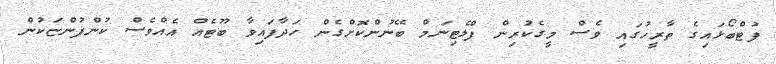
ފުޓްބޯޅައިގެ ތާރީހުގައި ވެސް މީގެކުރިން ޕްލެޓިނަމް ބޭނުންކޮށްގެން ހަދާފައިވާ ބޫޓެއް އެއްވެސް ކުންފުންޏަކުން